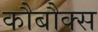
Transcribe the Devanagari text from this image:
कौबौक्स